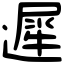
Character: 遲